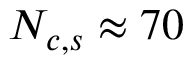
N _ { c , s } \approx 7 0